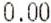
0.00